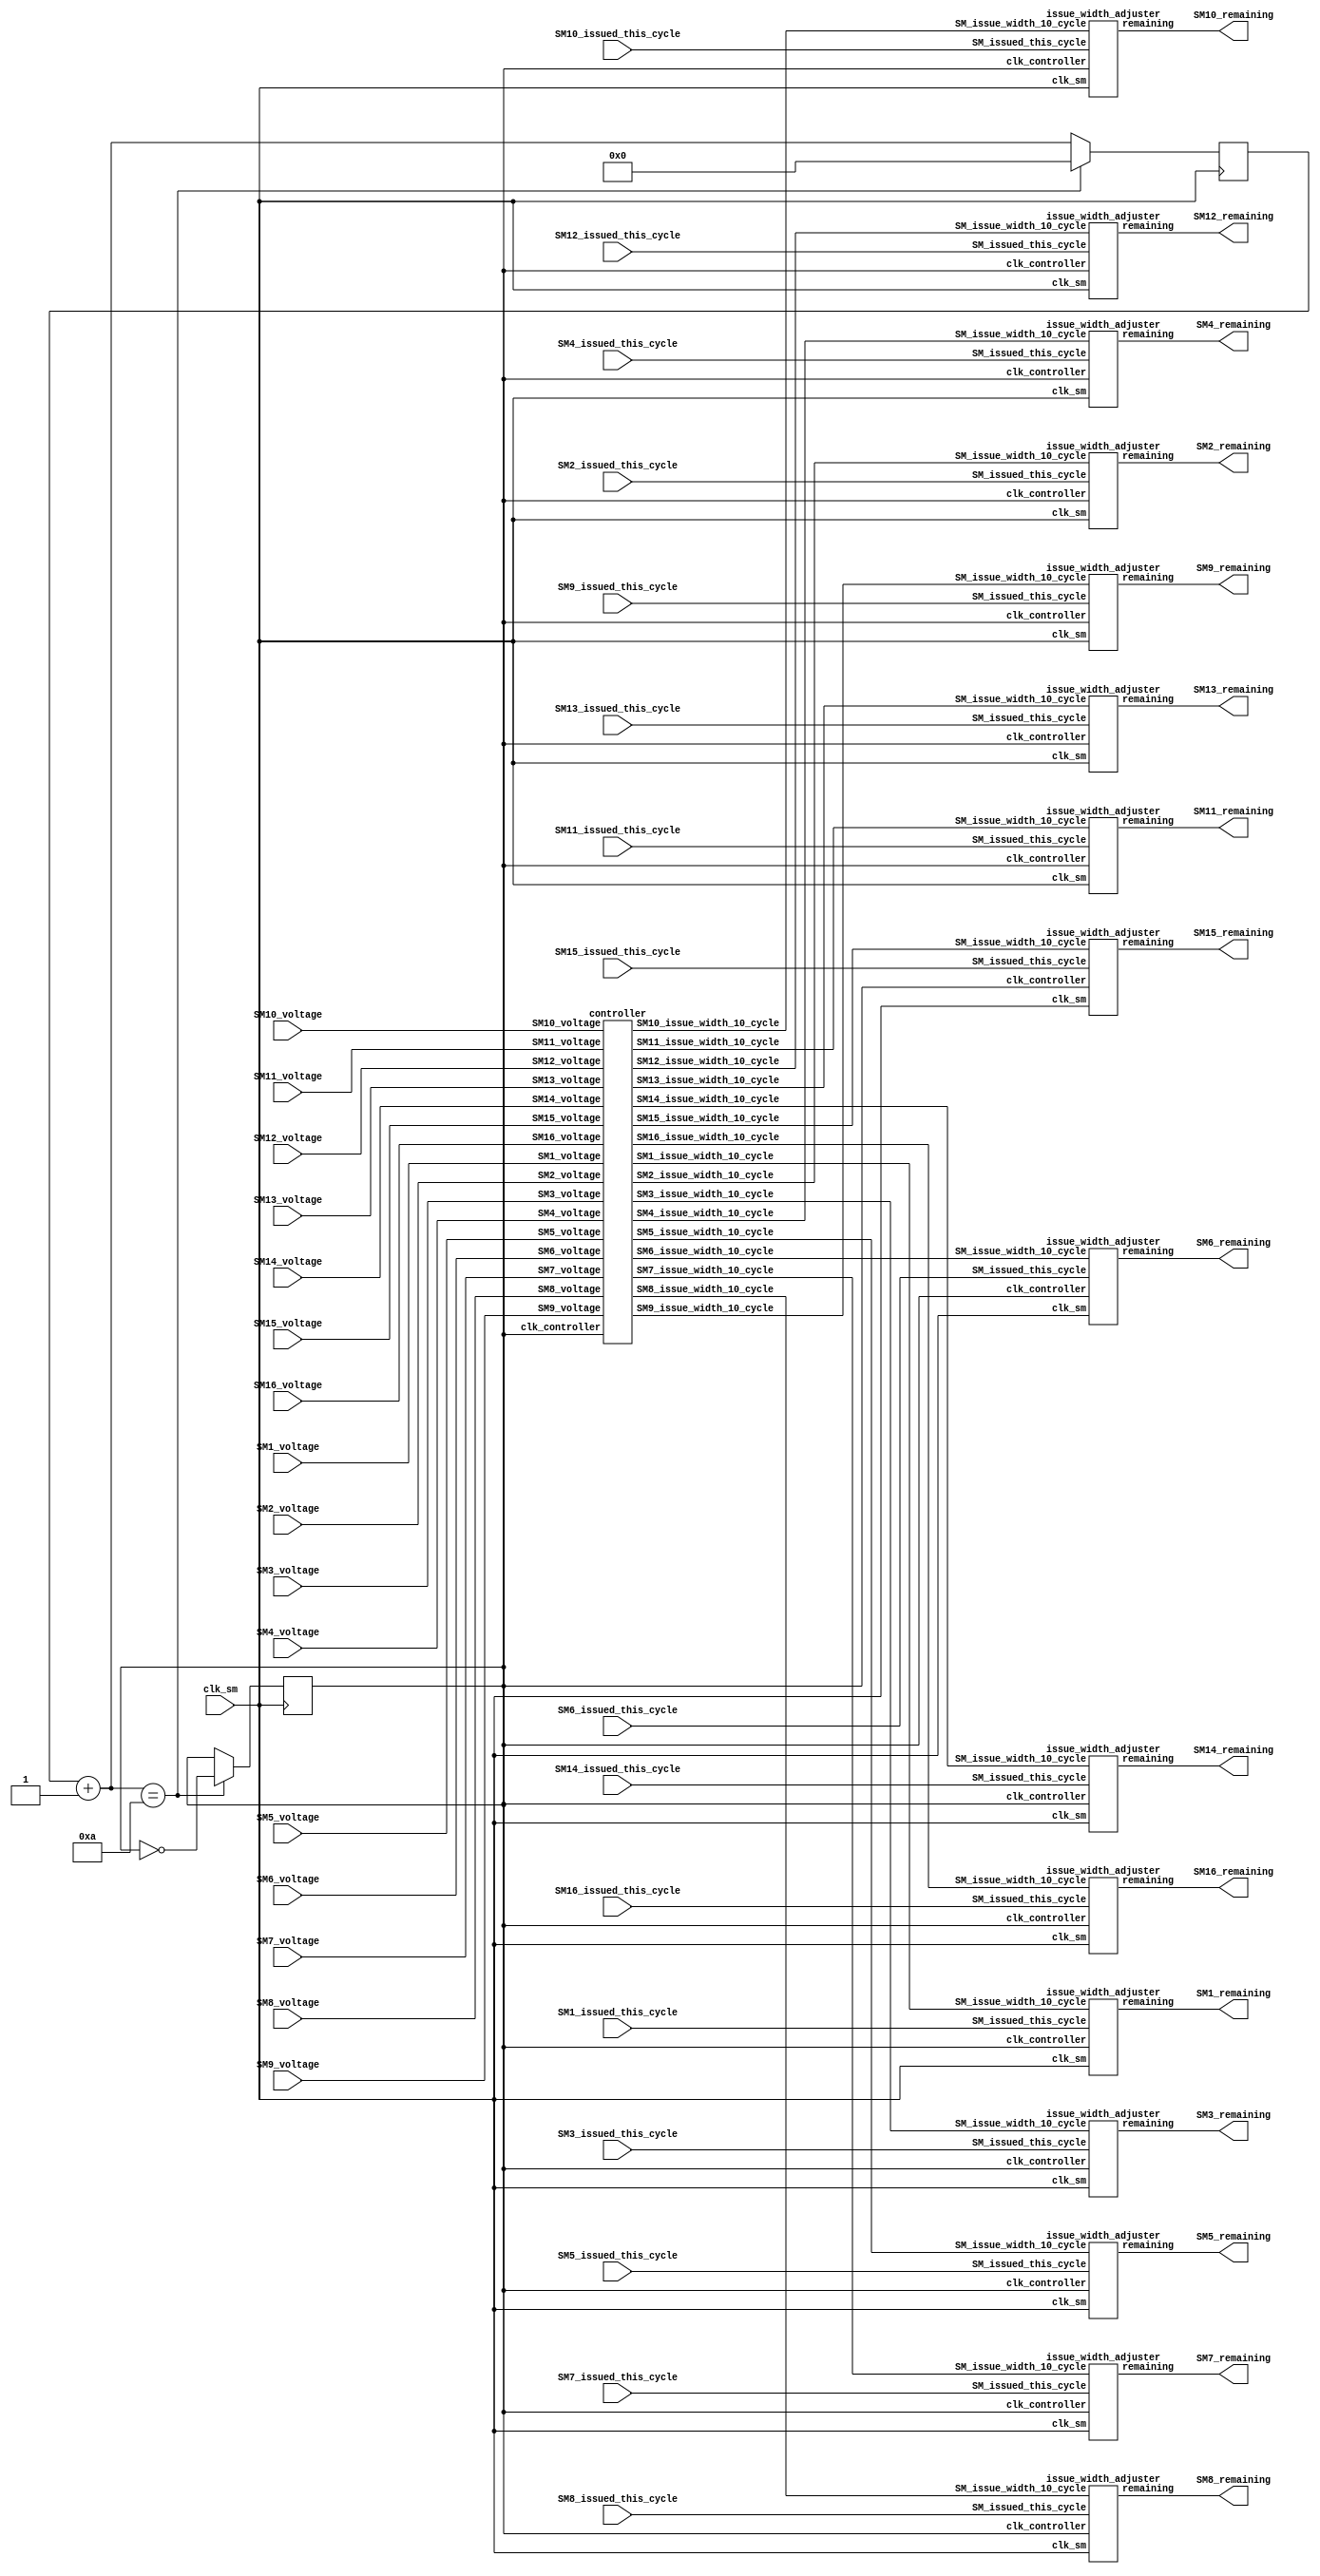
/*****************************************************************************************************
* Description:                 Controller for Demo
*
*
*
* Rev History:
*       <Author>        <Date>             <Hardware>     <Version>        <Description>
*        xxx xxx        2018-03-10 23:00       --           1.00             Create
*****************************************************************************************************/
`timescale 100ps / 1ps
module full_control_system(
clk_sm,
SM1_voltage,
SM1_issued_this_cycle,
SM1_remaining,

SM2_voltage,
SM2_issued_this_cycle,
SM2_remaining,

SM3_voltage,
SM3_issued_this_cycle,
SM3_remaining,

SM4_voltage,
SM4_issued_this_cycle,
SM4_remaining,

SM5_voltage,
SM5_issued_this_cycle,
SM5_remaining,

SM6_voltage,
SM6_issued_this_cycle,
SM6_remaining,

SM7_voltage,
SM7_issued_this_cycle,
SM7_remaining,

SM8_voltage,
SM8_issued_this_cycle,
SM8_remaining,

SM9_voltage,
SM9_issued_this_cycle,
SM9_remaining,

SM10_voltage,
SM10_issued_this_cycle,
SM10_remaining,

SM11_voltage,
SM11_issued_this_cycle,
SM11_remaining,

SM12_voltage,
SM12_issued_this_cycle,
SM12_remaining,

SM13_voltage,
SM13_issued_this_cycle,
SM13_remaining,

SM14_voltage,
SM14_issued_this_cycle,
SM14_remaining,

SM15_voltage,
SM15_issued_this_cycle,
SM15_remaining,

SM16_voltage,
SM16_issued_this_cycle,
SM16_remaining
);

input clk_sm;

reg clk_controller = 0;
reg [5:0] counter = 0;

input [7:0] SM1_voltage;
input [4:0] SM1_issued_this_cycle;
output [4:0] SM1_remaining;
wire [4:0] SM1_issue_width_10_cycle;

input [7:0] SM2_voltage;
input [4:0] SM2_issued_this_cycle;
output [4:0] SM2_remaining;
wire [4:0] SM2_issue_width_10_cycle;

input [7:0] SM3_voltage;
input [4:0] SM3_issued_this_cycle;
output [4:0] SM3_remaining;
wire [4:0] SM3_issue_width_10_cycle;

input [7:0] SM4_voltage;
input [4:0] SM4_issued_this_cycle;
output [4:0] SM4_remaining;
wire [4:0] SM4_issue_width_10_cycle;

input [7:0] SM5_voltage;
input [4:0] SM5_issued_this_cycle;
output [4:0] SM5_remaining;
wire [4:0] SM5_issue_width_10_cycle;

input [7:0] SM6_voltage;
input [4:0] SM6_issued_this_cycle;
output [4:0] SM6_remaining;
wire [4:0] SM6_issue_width_10_cycle;

input [7:0] SM7_voltage;
input [4:0] SM7_issued_this_cycle;
output [4:0] SM7_remaining;
wire [4:0] SM7_issue_width_10_cycle;

input [7:0] SM8_voltage;
input [4:0] SM8_issued_this_cycle;
output [4:0] SM8_remaining;
wire [4:0] SM8_issue_width_10_cycle;

input [7:0] SM9_voltage;
input [4:0] SM9_issued_this_cycle;
output [4:0] SM9_remaining;
wire [4:0] SM9_issue_width_10_cycle;

input [7:0] SM10_voltage;
input [4:0] SM10_issued_this_cycle;
output [4:0] SM10_remaining;
wire [4:0] SM10_issue_width_10_cycle;

input [7:0] SM11_voltage;
input [4:0] SM11_issued_this_cycle;
output [4:0] SM11_remaining;
wire [4:0] SM11_issue_width_10_cycle;

input [7:0] SM12_voltage;
input [4:0] SM12_issued_this_cycle;
output [4:0] SM12_remaining;
wire [4:0] SM12_issue_width_10_cycle;

input [7:0] SM13_voltage;
input [4:0] SM13_issued_this_cycle;
output [4:0] SM13_remaining;
wire [4:0] SM13_issue_width_10_cycle;

input [7:0] SM14_voltage;
input [4:0] SM14_issued_this_cycle;
output [4:0] SM14_remaining;
wire [4:0] SM14_issue_width_10_cycle;

input [7:0] SM15_voltage;
input [4:0] SM15_issued_this_cycle;
output [4:0] SM15_remaining;
wire [4:0] SM15_issue_width_10_cycle;

input [7:0] SM16_voltage;
input [4:0] SM16_issued_this_cycle;
output [4:0] SM16_remaining;
wire [4:0] SM16_issue_width_10_cycle;


//The controller
controller DUT_controller(
.clk_controller(clk_controller),
.SM1_voltage(SM1_voltage),
.SM1_issue_width_10_cycle(SM1_issue_width_10_cycle),
.SM2_voltage(SM2_voltage),
.SM2_issue_width_10_cycle(SM2_issue_width_10_cycle),
.SM3_voltage(SM3_voltage),
.SM3_issue_width_10_cycle(SM3_issue_width_10_cycle),
.SM4_voltage(SM4_voltage),
.SM4_issue_width_10_cycle(SM4_issue_width_10_cycle),
.SM5_voltage(SM5_voltage),
.SM5_issue_width_10_cycle(SM5_issue_width_10_cycle),
.SM6_voltage(SM6_voltage),
.SM6_issue_width_10_cycle(SM6_issue_width_10_cycle),
.SM7_voltage(SM7_voltage),
.SM7_issue_width_10_cycle(SM7_issue_width_10_cycle),
.SM8_voltage(SM8_voltage),
.SM8_issue_width_10_cycle(SM8_issue_width_10_cycle),
.SM9_voltage(SM9_voltage),
.SM9_issue_width_10_cycle(SM9_issue_width_10_cycle),
.SM10_voltage(SM10_voltage),
.SM10_issue_width_10_cycle(SM10_issue_width_10_cycle),
.SM11_voltage(SM11_voltage),
.SM11_issue_width_10_cycle(SM11_issue_width_10_cycle),
.SM12_voltage(SM12_voltage),
.SM12_issue_width_10_cycle(SM12_issue_width_10_cycle),
.SM13_voltage(SM13_voltage),
.SM13_issue_width_10_cycle(SM13_issue_width_10_cycle),
.SM14_voltage(SM14_voltage),
.SM14_issue_width_10_cycle(SM14_issue_width_10_cycle),
.SM15_voltage(SM15_voltage),
.SM15_issue_width_10_cycle(SM15_issue_width_10_cycle),
.SM16_voltage(SM16_voltage),
.SM16_issue_width_10_cycle(SM16_issue_width_10_cycle)
);

//The issue width adjuster for SM1
issue_width_adjuster DUT_SM1_adjuster(
.clk_controller(clk_controller),
.clk_sm(clk_sm),
.SM_issued_this_cycle(SM1_issued_this_cycle),
.remaining(SM1_remaining),
.SM_issue_width_10_cycle(SM1_issue_width_10_cycle)
);

//The issue width adjuster for SM2
issue_width_adjuster DUT_SM2_adjuster(
.clk_controller(clk_controller),
.clk_sm(clk_sm),
.SM_issued_this_cycle(SM2_issued_this_cycle),
.remaining(SM2_remaining),
.SM_issue_width_10_cycle(SM2_issue_width_10_cycle)
);

//The issue width adjuster for SM3
issue_width_adjuster DUT_SM3_adjuster(
.clk_controller(clk_controller),
.clk_sm(clk_sm),
.SM_issued_this_cycle(SM3_issued_this_cycle),
.remaining(SM3_remaining),
.SM_issue_width_10_cycle(SM3_issue_width_10_cycle)
);

//The issue width adjuster for SM4
issue_width_adjuster DUT_SM4_adjuster(
.clk_controller(clk_controller),
.clk_sm(clk_sm),
.SM_issued_this_cycle(SM4_issued_this_cycle),
.remaining(SM4_remaining),
.SM_issue_width_10_cycle(SM4_issue_width_10_cycle)
);

//The issue width adjuster for SM5
issue_width_adjuster DUT_SM5_adjuster(
.clk_controller(clk_controller),
.clk_sm(clk_sm),
.SM_issued_this_cycle(SM5_issued_this_cycle),
.remaining(SM5_remaining),
.SM_issue_width_10_cycle(SM5_issue_width_10_cycle)
);

//The issue width adjuster for SM6
issue_width_adjuster DUT_SM6_adjuster(
.clk_controller(clk_controller),
.clk_sm(clk_sm),
.SM_issued_this_cycle(SM6_issued_this_cycle),
.remaining(SM6_remaining),
.SM_issue_width_10_cycle(SM6_issue_width_10_cycle)
);

//The issue width adjuster for SM7
issue_width_adjuster DUT_SM7_adjuster(
.clk_controller(clk_controller),
.clk_sm(clk_sm),
.SM_issued_this_cycle(SM7_issued_this_cycle),
.remaining(SM7_remaining),
.SM_issue_width_10_cycle(SM7_issue_width_10_cycle)
);

//The issue width adjuster for SM8
issue_width_adjuster DUT_SM8_adjuster(
.clk_controller(clk_controller),
.clk_sm(clk_sm),
.SM_issued_this_cycle(SM8_issued_this_cycle),
.remaining(SM8_remaining),
.SM_issue_width_10_cycle(SM8_issue_width_10_cycle)
);

//The issue width adjuster for SM9
issue_width_adjuster DUT_SM9_adjuster(
.clk_controller(clk_controller),
.clk_sm(clk_sm),
.SM_issued_this_cycle(SM9_issued_this_cycle),
.remaining(SM9_remaining),
.SM_issue_width_10_cycle(SM9_issue_width_10_cycle)
);

//The issue width adjuster for SM10
issue_width_adjuster DUT_SM10_adjuster(
.clk_controller(clk_controller),
.clk_sm(clk_sm),
.SM_issued_this_cycle(SM10_issued_this_cycle),
.remaining(SM10_remaining),
.SM_issue_width_10_cycle(SM10_issue_width_10_cycle)
);

//The issue width adjuster for SM11
issue_width_adjuster DUT_SM11_adjuster(
.clk_controller(clk_controller),
.clk_sm(clk_sm),
.SM_issued_this_cycle(SM11_issued_this_cycle),
.remaining(SM11_remaining),
.SM_issue_width_10_cycle(SM11_issue_width_10_cycle)
);

//The issue width adjuster for SM12
issue_width_adjuster DUT_SM12_adjuster(
.clk_controller(clk_controller),
.clk_sm(clk_sm),
.SM_issued_this_cycle(SM12_issued_this_cycle),
.remaining(SM12_remaining),
.SM_issue_width_10_cycle(SM12_issue_width_10_cycle)
);

//The issue width adjuster for SM13
issue_width_adjuster DUT_SM13_adjuster(
.clk_controller(clk_controller),
.clk_sm(clk_sm),
.SM_issued_this_cycle(SM13_issued_this_cycle),
.remaining(SM13_remaining),
.SM_issue_width_10_cycle(SM13_issue_width_10_cycle)
);

//The issue width adjuster for SM14
issue_width_adjuster DUT_SM14_adjuster(
.clk_controller(clk_controller),
.clk_sm(clk_sm),
.SM_issued_this_cycle(SM14_issued_this_cycle),
.remaining(SM14_remaining),
.SM_issue_width_10_cycle(SM14_issue_width_10_cycle)
);

//The issue width adjuster for SM15
issue_width_adjuster DUT_SM15_adjuster(
.clk_controller(clk_controller),
.clk_sm(clk_sm),
.SM_issued_this_cycle(SM15_issued_this_cycle),
.remaining(SM15_remaining),
.SM_issue_width_10_cycle(SM15_issue_width_10_cycle)
);

//The issue width adjuster for SM16
issue_width_adjuster DUT_SM16_adjuster(
.clk_controller(clk_controller),
.clk_sm(clk_sm),
.SM_issued_this_cycle(SM16_issued_this_cycle),
.remaining(SM16_remaining),
.SM_issue_width_10_cycle(SM16_issue_width_10_cycle)
);



//produce control_clock_signal: frequency = 1/20 SM clock signal
always @ (posedge clk_sm)
    begin
        counter = counter + 1;
        if(counter == 10 )
        begin
        clk_controller = !clk_controller;
        counter = 0;    
        end
        
    end


endmodule






//The controller module
module controller(
clk_controller,
SM1_voltage,
SM1_issue_width_10_cycle,
SM2_voltage,
SM2_issue_width_10_cycle,
SM3_voltage,
SM3_issue_width_10_cycle,
SM4_voltage,
SM4_issue_width_10_cycle,
SM5_voltage,
SM5_issue_width_10_cycle,
SM6_voltage,
SM6_issue_width_10_cycle,
SM7_voltage,
SM7_issue_width_10_cycle,
SM8_voltage,
SM8_issue_width_10_cycle,
SM9_voltage,
SM9_issue_width_10_cycle,
SM10_voltage,
SM10_issue_width_10_cycle,
SM11_voltage,
SM11_issue_width_10_cycle,
SM12_voltage,
SM12_issue_width_10_cycle,
SM13_voltage,
SM13_issue_width_10_cycle,
SM14_voltage,
SM14_issue_width_10_cycle,
SM15_voltage,
SM15_issue_width_10_cycle,
SM16_voltage,
SM16_issue_width_10_cycle,
);

input clk_controller;

input [7:0] SM1_voltage;
output [4:0] SM1_issue_width_10_cycle;
reg [4:0] SM1_issue_width_10_cycle=20;

input [7:0] SM2_voltage;
output [4:0] SM2_issue_width_10_cycle;
reg [4:0] SM2_issue_width_10_cycle=20;

input [7:0] SM3_voltage;
output [4:0] SM3_issue_width_10_cycle;
reg [4:0] SM3_issue_width_10_cycle=20;

input [7:0] SM4_voltage;
output [4:0] SM4_issue_width_10_cycle;
reg [4:0] SM4_issue_width_10_cycle=20;

input [7:0] SM5_voltage;
output [4:0] SM5_issue_width_10_cycle;
reg [4:0] SM5_issue_width_10_cycle=20;

input [7:0] SM6_voltage;
output [4:0] SM6_issue_width_10_cycle;
reg [4:0] SM6_issue_width_10_cycle=20;

input [7:0] SM7_voltage;
output [4:0] SM7_issue_width_10_cycle;
reg [4:0] SM7_issue_width_10_cycle=20;

input [7:0] SM8_voltage;
output [4:0] SM8_issue_width_10_cycle;
reg [4:0] SM8_issue_width_10_cycle=20;

input [7:0] SM9_voltage;
output [4:0] SM9_issue_width_10_cycle;
reg [4:0] SM9_issue_width_10_cycle=20;

input [7:0] SM10_voltage;
output [4:0] SM10_issue_width_10_cycle;
reg [4:0] SM10_issue_width_10_cycle=20;

input [7:0] SM11_voltage;
output [4:0] SM11_issue_width_10_cycle;
reg [4:0] SM11_issue_width_10_cycle=20;

input [7:0] SM12_voltage;
output [4:0] SM12_issue_width_10_cycle;
reg [4:0] SM12_issue_width_10_cycle=20;

input [7:0] SM13_voltage;
output [4:0] SM13_issue_width_10_cycle;
reg [4:0] SM13_issue_width_10_cycle=20;

input [7:0] SM14_voltage;
output [4:0] SM14_issue_width_10_cycle;
reg [4:0] SM14_issue_width_10_cycle=20;

input [7:0] SM15_voltage;
output [4:0] SM15_issue_width_10_cycle;
reg [4:0] SM15_issue_width_10_cycle=20;

input [7:0] SM16_voltage;
output [4:0] SM16_issue_width_10_cycle;
reg [4:0] SM16_issue_width_10_cycle=20;



always @ (posedge clk_controller)
begin
SM1_issue_width_10_cycle = 20 - SM1_voltage/10;
SM2_issue_width_10_cycle = 20 - SM2_voltage/10;
SM3_issue_width_10_cycle = 20 - SM3_voltage/10;
SM4_issue_width_10_cycle = 20 - SM4_voltage/10;
SM5_issue_width_10_cycle = 20 - SM5_voltage/10;
SM6_issue_width_10_cycle = 20 - SM6_voltage/10;
SM7_issue_width_10_cycle = 20 - SM7_voltage/10;
SM8_issue_width_10_cycle = 20 - SM8_voltage/10;
SM9_issue_width_10_cycle = 20 - SM9_voltage/10;
SM10_issue_width_10_cycle = 20 - SM10_voltage/10;
SM11_issue_width_10_cycle = 20 - SM11_voltage/10;
SM12_issue_width_10_cycle = 20 - SM12_voltage/10;
SM13_issue_width_10_cycle = 20 - SM13_voltage/10;
SM14_issue_width_10_cycle = 20 - SM14_voltage/10;
SM15_issue_width_10_cycle = 20 - SM15_voltage/10;
SM16_issue_width_10_cycle = 20 - SM16_voltage/10;
end

endmodule



//The issue width adjuster module
module issue_width_adjuster(
    clk_sm,
    clk_controller,
    SM_issue_width_10_cycle,
    SM_issued_this_cycle,
    remaining
    );

    
    input clk_sm;
    input clk_controller;
    input [4:0] SM_issue_width_10_cycle;
    input [4:0] SM_issued_this_cycle;

    output [4:0] remaining;

    reg [3:0] rst = 4'h0;
    reg [4:0] remaining = 5'h0;
    
    always @ (posedge clk_sm)
    begin
        remaining = remaining - SM_issued_this_cycle;
        rst = rst - 1;
        if (rst <= 0)
        begin
            remaining = SM_issue_width_10_cycle;
            rst = 4'ha;
        end
        
    end

endmodule